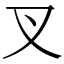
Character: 叉